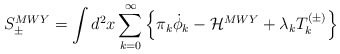
\begin{align*}S_{\pm}^{MWY} = \int d^2 x \sum_{k=0}^{\infty}\left\{\pi_k \dot\phi_k -{\cal H}^{MWY}+ \lambda_k T_k^{(\pm)}\right\}\end{align*}